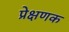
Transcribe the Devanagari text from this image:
प्रेक्षणक